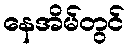
နေအိမ်တွင်